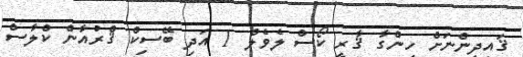
ޤައިދީންނަށް ހިންގާ ޤާރީ ކޯސް ލެވެލް 1 އަދި ބޭސިކް ޤްރުއާން ކްލާސް